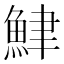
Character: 𫙟